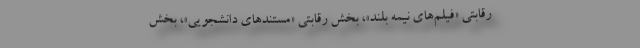
رقابتی «فیلم‌های نیمه بلند»، بخش رقابتی «مستندهای دانشجویی»، بخش